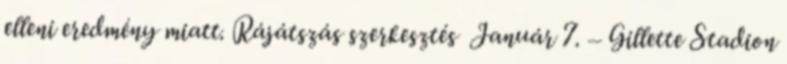
elleni eredmény miatt. Rájátszás szerkesztés Január 7. – Gillette Stadion